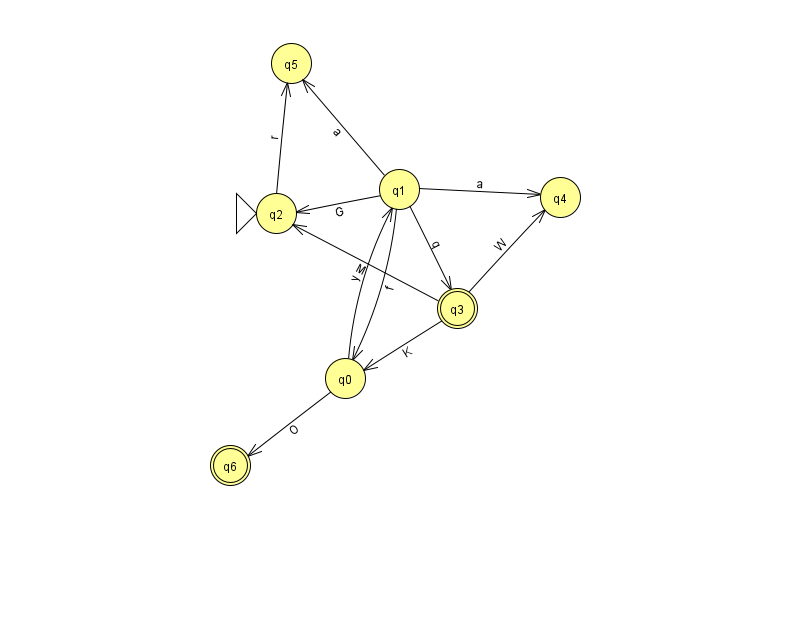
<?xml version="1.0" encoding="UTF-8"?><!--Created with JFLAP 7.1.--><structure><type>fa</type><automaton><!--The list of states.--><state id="0" name="q0"><x>345.0</x><y>365.0</y></state><state id="1" name="q1"><x>399.0</x><y>176.0</y></state><state id="2" name="q2"><x>276.0</x><y>200.0</y><initial/></state><state id="3" name="q3"><x>457.0</x><y>295.0</y><final/></state><state id="4" name="q4"><x>560.0</x><y>184.0</y></state><state id="5" name="q5"><x>291.0</x><y>50.0</y></state><state id="6" name="q6"><x>230.0</x><y>452.0</y><final/></state><!--The list of transitions.--><transition><from>2</from><to>5</to><read>r</read></transition><transition><from>3</from><to>0</to><read>K</read></transition><transition><from>1</from><to>0</to><read>f</read></transition><transition><from>0</from><to>6</to><read>O</read></transition><transition><from>3</from><to>4</to><read>W</read></transition><transition><from>1</from><to>5</to><read>a</read></transition><transition><from>3</from><to>2</to><read>M</read></transition><transition><from>0</from><to>1</to><read>y</read></transition><transition><from>1</from><to>2</to><read>G</read></transition><transition><from>1</from><to>3</to><read>q</read></transition><transition><from>1</from><to>4</to><read>a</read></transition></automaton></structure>